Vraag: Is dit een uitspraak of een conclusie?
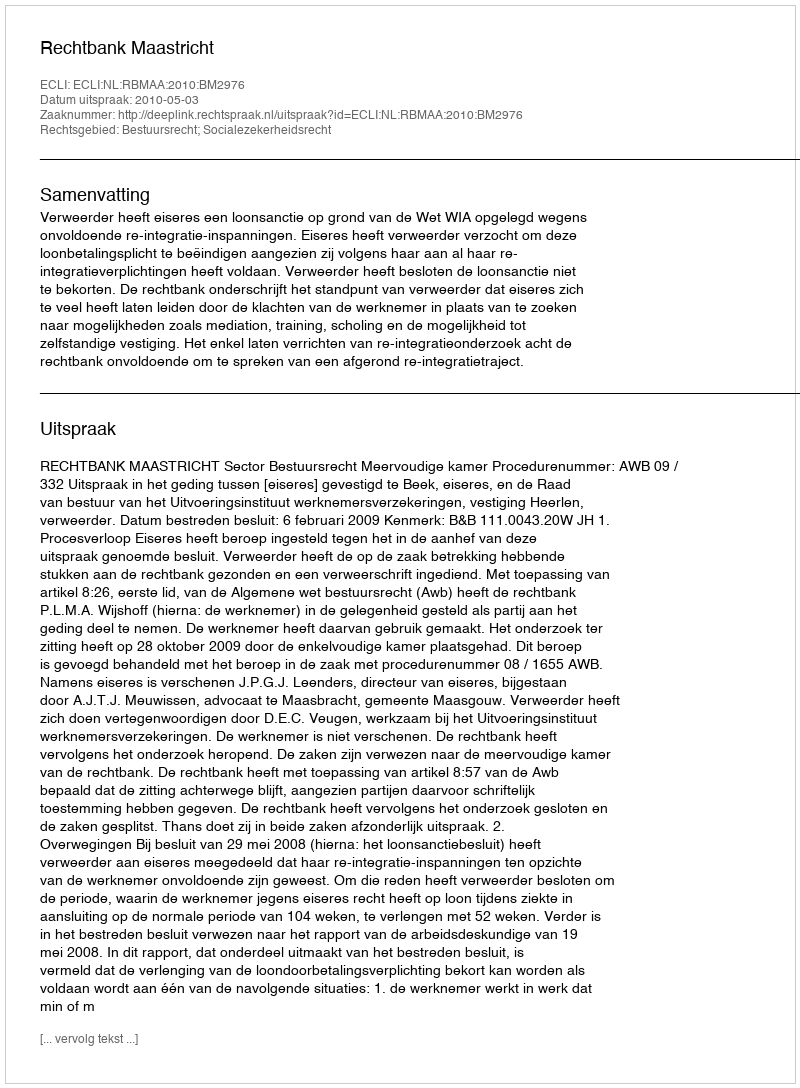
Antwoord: Uitspraak